Report on vaccination in Madras 1877-1894 - 1877-1894
Year: 1877
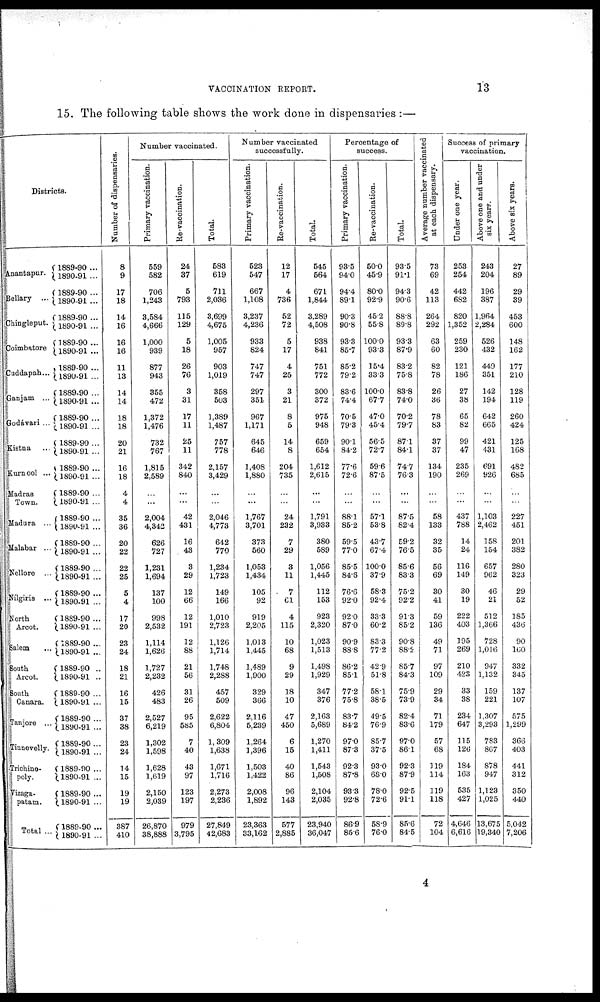
VACCINATION REPORT.
13
15. The following table shows the work done in dispensaries :—
Districts.
Anantapur.
Bellary ...
Chingleput.
Coimbatore
Cuddapah ...
Ganjam ...
Godávari ...
Kistna ...
Kurnool ...
Madras
Town.
Madura ...
Malabar ...
Nellore ...
Nílgiris ...
North
Arcot.
Salem ...
South
Arcot.
South
Canara.
Tanjore ...
Tinnevelly.
Trichino¬
poly.
Vizaga¬
patam.
Total ...
1889-90 ...
1890-91 ...
1889-90 ...
1890-91 ...
1889-90 ...
1890-91 ...
1889-90...
1890-91 ...
1889-90 ...
1890-91 ...
1889-90 ...
1890-91 ...
1889-90...
1890-91 ...
1889-90 ...
1890-91 ...
1889-90 ...
1890-91 ...
1889-90 ...
1890-91 ...
1889-90 ...
1890-91 ...
1889-90 ...
1890-91 ...
1889-90 ...
1890-91 ...
1889-90 ...
1890-91 ...
1889-90...
1890-91 ...
1889-90 ...
1890-91 ...
1889-90 ..
1890-91 ..
1889-90 ...
1890-91 ...
1889-90...
1890-91 ...
1889-90 ...
1890-91 ...
1889-90 ...
1890-91 ...
1889-90 ...
1890-91 ...
1889-90 ...
1890-91 ...
Number of dispensaries.
8
9
17
18
14
16
16
16
11
13
14
14
18
18
20
21
16
18
4
4
35
36
20
22
22
25
5
4
17
20
23
24
18
21
16
15
37
38
23
24
14
15
19
19
387
410
Number vaccinated.
Primary vaccination.
559
582
706
1,243
3,584
4,666
1,000
939
877
943
355
472
1,372
1,476
732
767
1,815
2,589
...
...
2,004
4,342
626
727
1,231
1,694
137
100
998
2,532
1,114
1,626
1,727
2,232
426
483
2,527
6,219
1,302
1,598
1,628
1,619
2,150
2,039
26,870
38,888
Re-vaccination.
24
37
5
793
115
129
5
18
26
76
3
31
17
11
25
11
342
840
...
...
42
431
16
43
3
29
12
66
12
191
12
88
21
56
31
26
95
585
7
40
43
97
123
197
979
3,795
Total.
583
619
711
2,036
3,699
4,675
1,005
957
903
1,019
358
503
1,389
1,487
757
778
2,157
3,429
...
...
2,046
4,773
642
770
1,234
1,723
149
166
1,010
2,723
1,126
1,714
1,748
2,288
457
509
2,622
6,804
1,309
1,638
1,671
1,716
2,273
2,236
27,849
42,683
Number vaccinated
successfully.
Primary vaccination.
523
547
667
1,108
3,237
4,236
933
824
747
747
297
351
967
1,171
645
646
1,408
1,880
...
...
1,767
3,701
373
560
1,053
1,434
105
92
919
2,205
1,013
1,445
1,489
1,900
329
366
2,116
5,239
1,264
1,396
1,503
1,422
2,008
1,892
23,363
33,162
Re-vaccination.
12
17
4
736
52
72
5
17
4
25
3
21
8
5
14
8
204
735
...
...
24
232
7
29
3
11
7
61
4
115
10
68
9
29
18
10
47
450
6
15
40
86
96
143
577
2,885
Total.
545
564
671
1,844
3,289
4,508
938
841
751
772
300
372
975
948
659
654
1,612
2,615
...
...
1,791
3,933
380
589
1,056
1,445
112
153
923
2,320
1,023
1,513
1,498
1,929
347
376
2,163
5,689
1,270
1,411
1,543
1,508
2,104
2,035
23,940
36,047
Percentage of
success.
Primary vaccination.
93.5
94.0
94.4
89.1
90.3
90.8
93.3
85.7
85.2
79.2
83.6
74.4
70.5
79.3
90.1
84.2
77.6
72.6
...
...
88.1
85.2
59.5
77.0
85.5
84.6
76.6
92.0
92.0
87.0
90.9
88.8
86.2
85.1
77.2
75.8
83.7
84.2
97.0
87.3
92.3
87.8
93.3
92.8
86.9
85.6
Re-vaccination.
50.0
45.9
80.0
92.9
45.2
55.8
100.0
93.3
15.4
33.3
100.0
67.7
47.0
45.4
56.5
72.7
59.6
87.5
...
...
57.1
53.8
43.7
67.4
100.0
37.9
58.3
92.4
33.3
60.2
83.3
77.2
42.9
51.8
58.1
38.5
49.5
76.9
85.7
37.5
93.0
68.0
78.0
72.6
58.9
76.0
Total.
93.5
91.1
94.3
90.6
88.8
89.8
93.3
87.9
83.2
75.8
83.8
74.0
70.2
79.7
871
84.1
74.7
76.3
...
...
87.5
82.4
59.2
76.5
85.6
83.3
75.2
92.2
913
85.2
90.8
88.2
85.7
84.3
75.9
73.9
82.4
83.6
97.0
86.1
92.3
87.9
92.5
91.1
85.6
84.5
Average number vaccinated
at each dispensary.
73
69
42
113
264
292
63
60
82
78
26
36
78
83
37
37
134
190
...
...
58
133
32
35
56
69
30
41
59
136
49
71
97
109
29
34
71
179
57
68
119
114
119
118
72
104
Success of primary
vaccination.
Under one year.
253
254
442
682
820
1,352
259
230
121
186
27
38
65
82
99
47
235
269
...
...
437
788
14
24
116
149
30
19
222
403
195
269
210
423
33
38
234
647
115
126
184
163
535
427
4,646
6,616
Above one and under
six years.
243
204
196
387
1,964
2,284
526
432
449
351
142
194
642
665
421
431
691
926
...
...
1,103
2,462
158
154
657
962
46
21
512
1,366
728
1,016
947
1,132
159
221
1,307
3,293
783
867
878
947
1,123
1,025
13,675
19,340
Above six years.
27
89
29
39
453
600
148
162
177
210
128
119
260
424
125
168
482
685
...
...
227
451
201
382
280
323
29
52
185
436
90
160
332
345
137
107
575
1,299
366
403
441
312
350
440
5,042
7,206
4